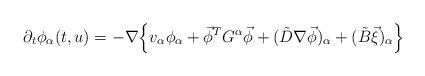
LaTeX: \begin{align*}\partial_t \phi_\alpha(t,u)=-\nabla\Big\{v_\alpha\phi_\alpha+\vec{\phi}^TG^\alpha \vec{\phi} +(\tilde D\nabla\vec{\phi})_\alpha+(\tilde B\vec{\xi})_\alpha \Big\}\end{align*}